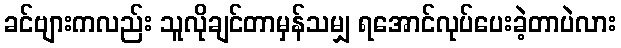
ခင်ဗျားကလည်း သူလိုချင်တာမှန်သမျှ ရအောင်လုပ်ပေးခဲ့တာပဲလား